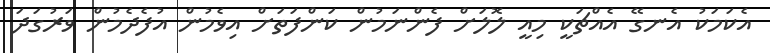
އެކަމަކު އެނގޭ އެއްޗަކީ މިއީ ލޮލަށް ފެންނަމުން ކަންފަތަށް އިވެމުން އުފެދެމުން ވަރުގަދަ